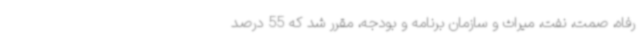
رفاه، صمت، نفت، میراث و سازمان برنامه و بودجه، مقرر شد که 55 درصد